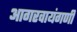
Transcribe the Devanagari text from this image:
आगरवायंगणी